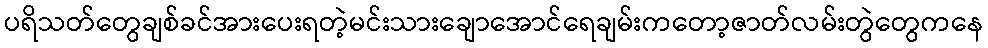
ပရိသတ်တွေချစ်ခင်အားပေးရတဲ့မင်းသားချောအောင်ရေချမ်းကတော့ဇာတ်လမ်းတွဲတွေကနေ